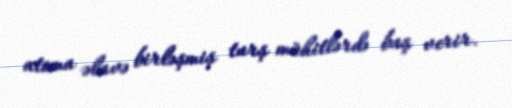
atoma əlavə birləşmiş turş mühitlərdə baş verir.